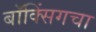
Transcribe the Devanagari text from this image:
बॉक्सिंगचा